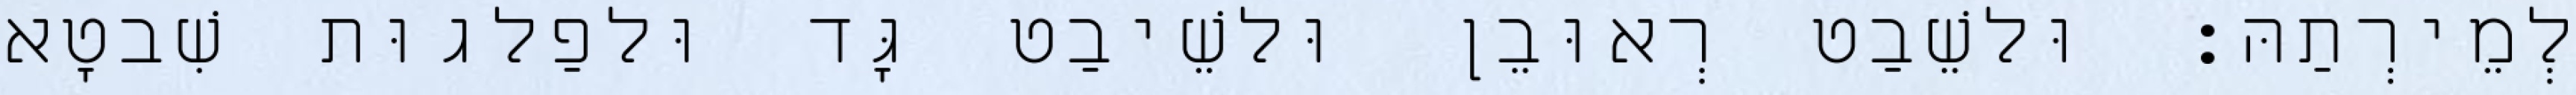
לְמֵירְתַהּ׃ וּלשֵׁבַט רְאוּבֵן וּלשֵׁיבַט גָּד וּלפַלגוּת שִׁבטָא